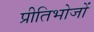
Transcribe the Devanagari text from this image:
प्रीतिभोजों